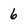
Character: 6